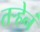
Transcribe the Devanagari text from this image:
तर्‍हेनं